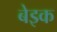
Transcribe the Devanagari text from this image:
बेइक